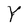
Character: Y